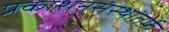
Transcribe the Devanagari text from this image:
प्रकाशनसंस्थांतर्फे